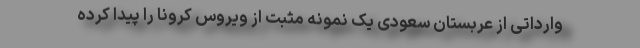
وارداتی از عربستان سعودی یک نمونه مثبت از ویروس کرونا را پیدا کرده